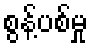
စွန့်ပစ်မှု